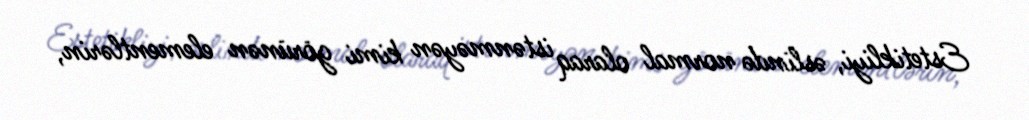
Estetikliyi, əslində normal olaraq istənməyən kimi görünən elementlərin,